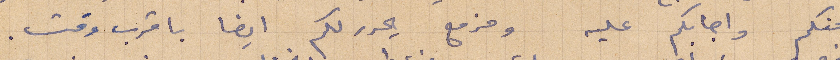
منكم واجابكم عليه ومزمع يحرر لكم ايضًا باقرب وقت.